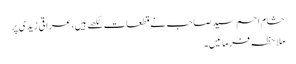
حشام احم سید صاحب نے قطعات لکھے ہیں،عراقی زیدی پر
ملاحظہ فرمائیں۔